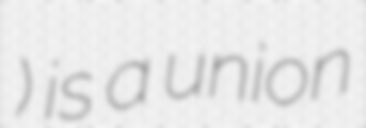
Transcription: ইউনিয়ন) is a union